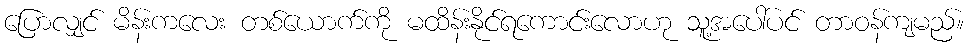
ပြောလျှင် မိန်းကလေး တစ်ယောက်ကို မထိန်းနိုင်ရကောင်းလောဟု သူ့အပေါ်ပင် တာဝန်ကျမည်။